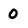
Character: 0